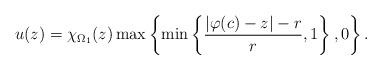
LaTeX: \begin{align*} u(z) = \chi_{\Omega_1}(z) \max \left\{ \min \left\{ \frac{|\varphi(c)-z| - r}{r},1 \right\},0 \right\}. \end{align*}